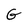
Character: G